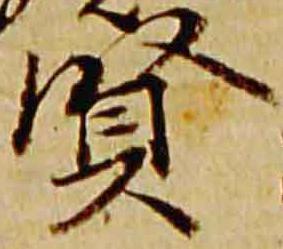
賢